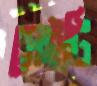
সেইটি